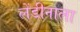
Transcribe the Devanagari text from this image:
लेंडीनाला